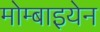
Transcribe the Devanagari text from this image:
मोम्बाइयेन